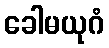
ခေါမယုဂံ